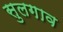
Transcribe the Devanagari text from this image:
सुलगाव